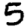
Digit: 5